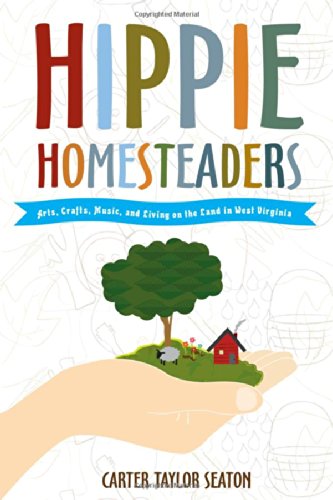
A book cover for Hippie Homesteaders: Arts, Crafts, Music and Living on the Land in West Virginia; Carter Taylor Seaton; Crafts, Hobbies & Home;